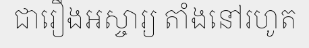
ជារឿងអស្ចារ្យ តាំងនៅរហូត